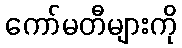
ကော်မတီများကို